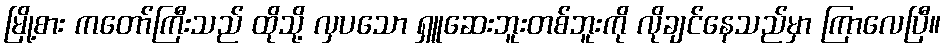
မြို့စား ကတော်ကြီးသည် ထိုသို့ လှပသော ရှူဆေးဘူးတစ်ဘူးကို လိုချင်နေသည်မှာ ကြာလေပြီ။